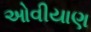
ઓવીયાણ